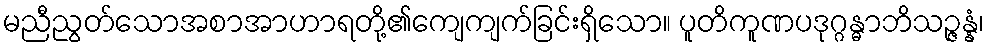
မညီညွတ်သောအစာအာဟာရတို့၏ကျေကျက်ခြင်းရှိသော။ ပူတိကူဏပဒုဂ္ဂန္ဓာဘိသဉ္ဇန္နံ၊